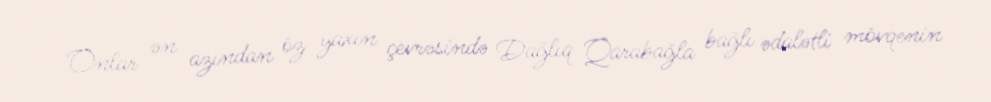
Onlar ən azından öz yaxın çevrəsində Dağlıq Qarabağla bağlı ədalətli mövqenin